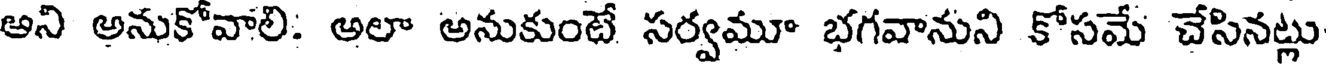
అని అనుకోవాలి: అలా అనుకుంటే సర్వమూ భగవానుని కోసమే చేసినట్లు